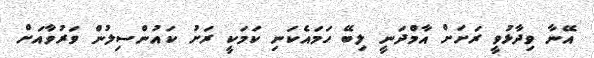
އޭނާ ވިދާޅުވީ ރަށަށް އާމްދަނީ ލިބޭ ހަމައެކަނި ކަމަކީ ރަށު ކައުންސިލުން ވަރުވާއަށް